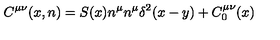
C ^ { \mu \nu } ( x , n ) = S ( x ) n ^ { \mu } n ^ { \mu } \delta ^ { 2 } ( x - y ) + C _ { 0 } ^ { \mu \nu } ( x )